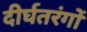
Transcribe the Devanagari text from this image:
दीर्घतरंगों